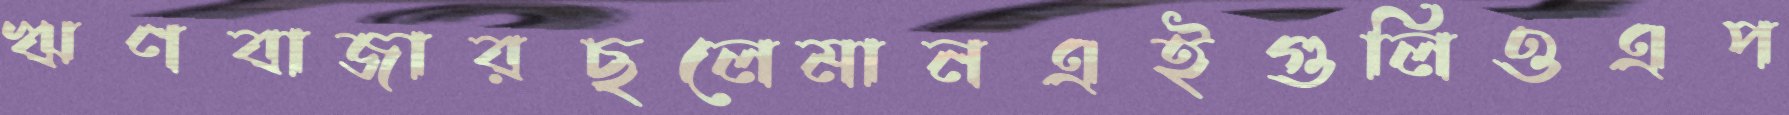
ঋণবাজারছলেমানএইগুলিওএপ